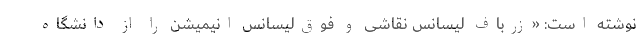
نوشته است: «زرباف لیسانس نقاشی و فوق‌لیسانس انیمیشن را از دانشگاه